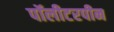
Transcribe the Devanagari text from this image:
पॉलीटरपीन